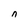
Character: n